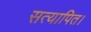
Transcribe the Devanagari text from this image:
सत्यापित।